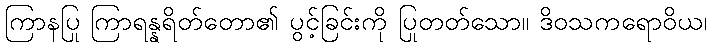
ကြာနပြု ကြာရန္နရိတ်တော၏ ပွင့်ခြင်းကို ပြုတတ်သော။ ဒိဝသကရောဝိယ၊